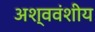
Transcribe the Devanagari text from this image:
अश्ववंशीय